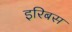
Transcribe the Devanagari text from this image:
इरिबस